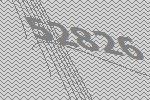
52826